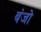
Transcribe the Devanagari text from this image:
बंजो